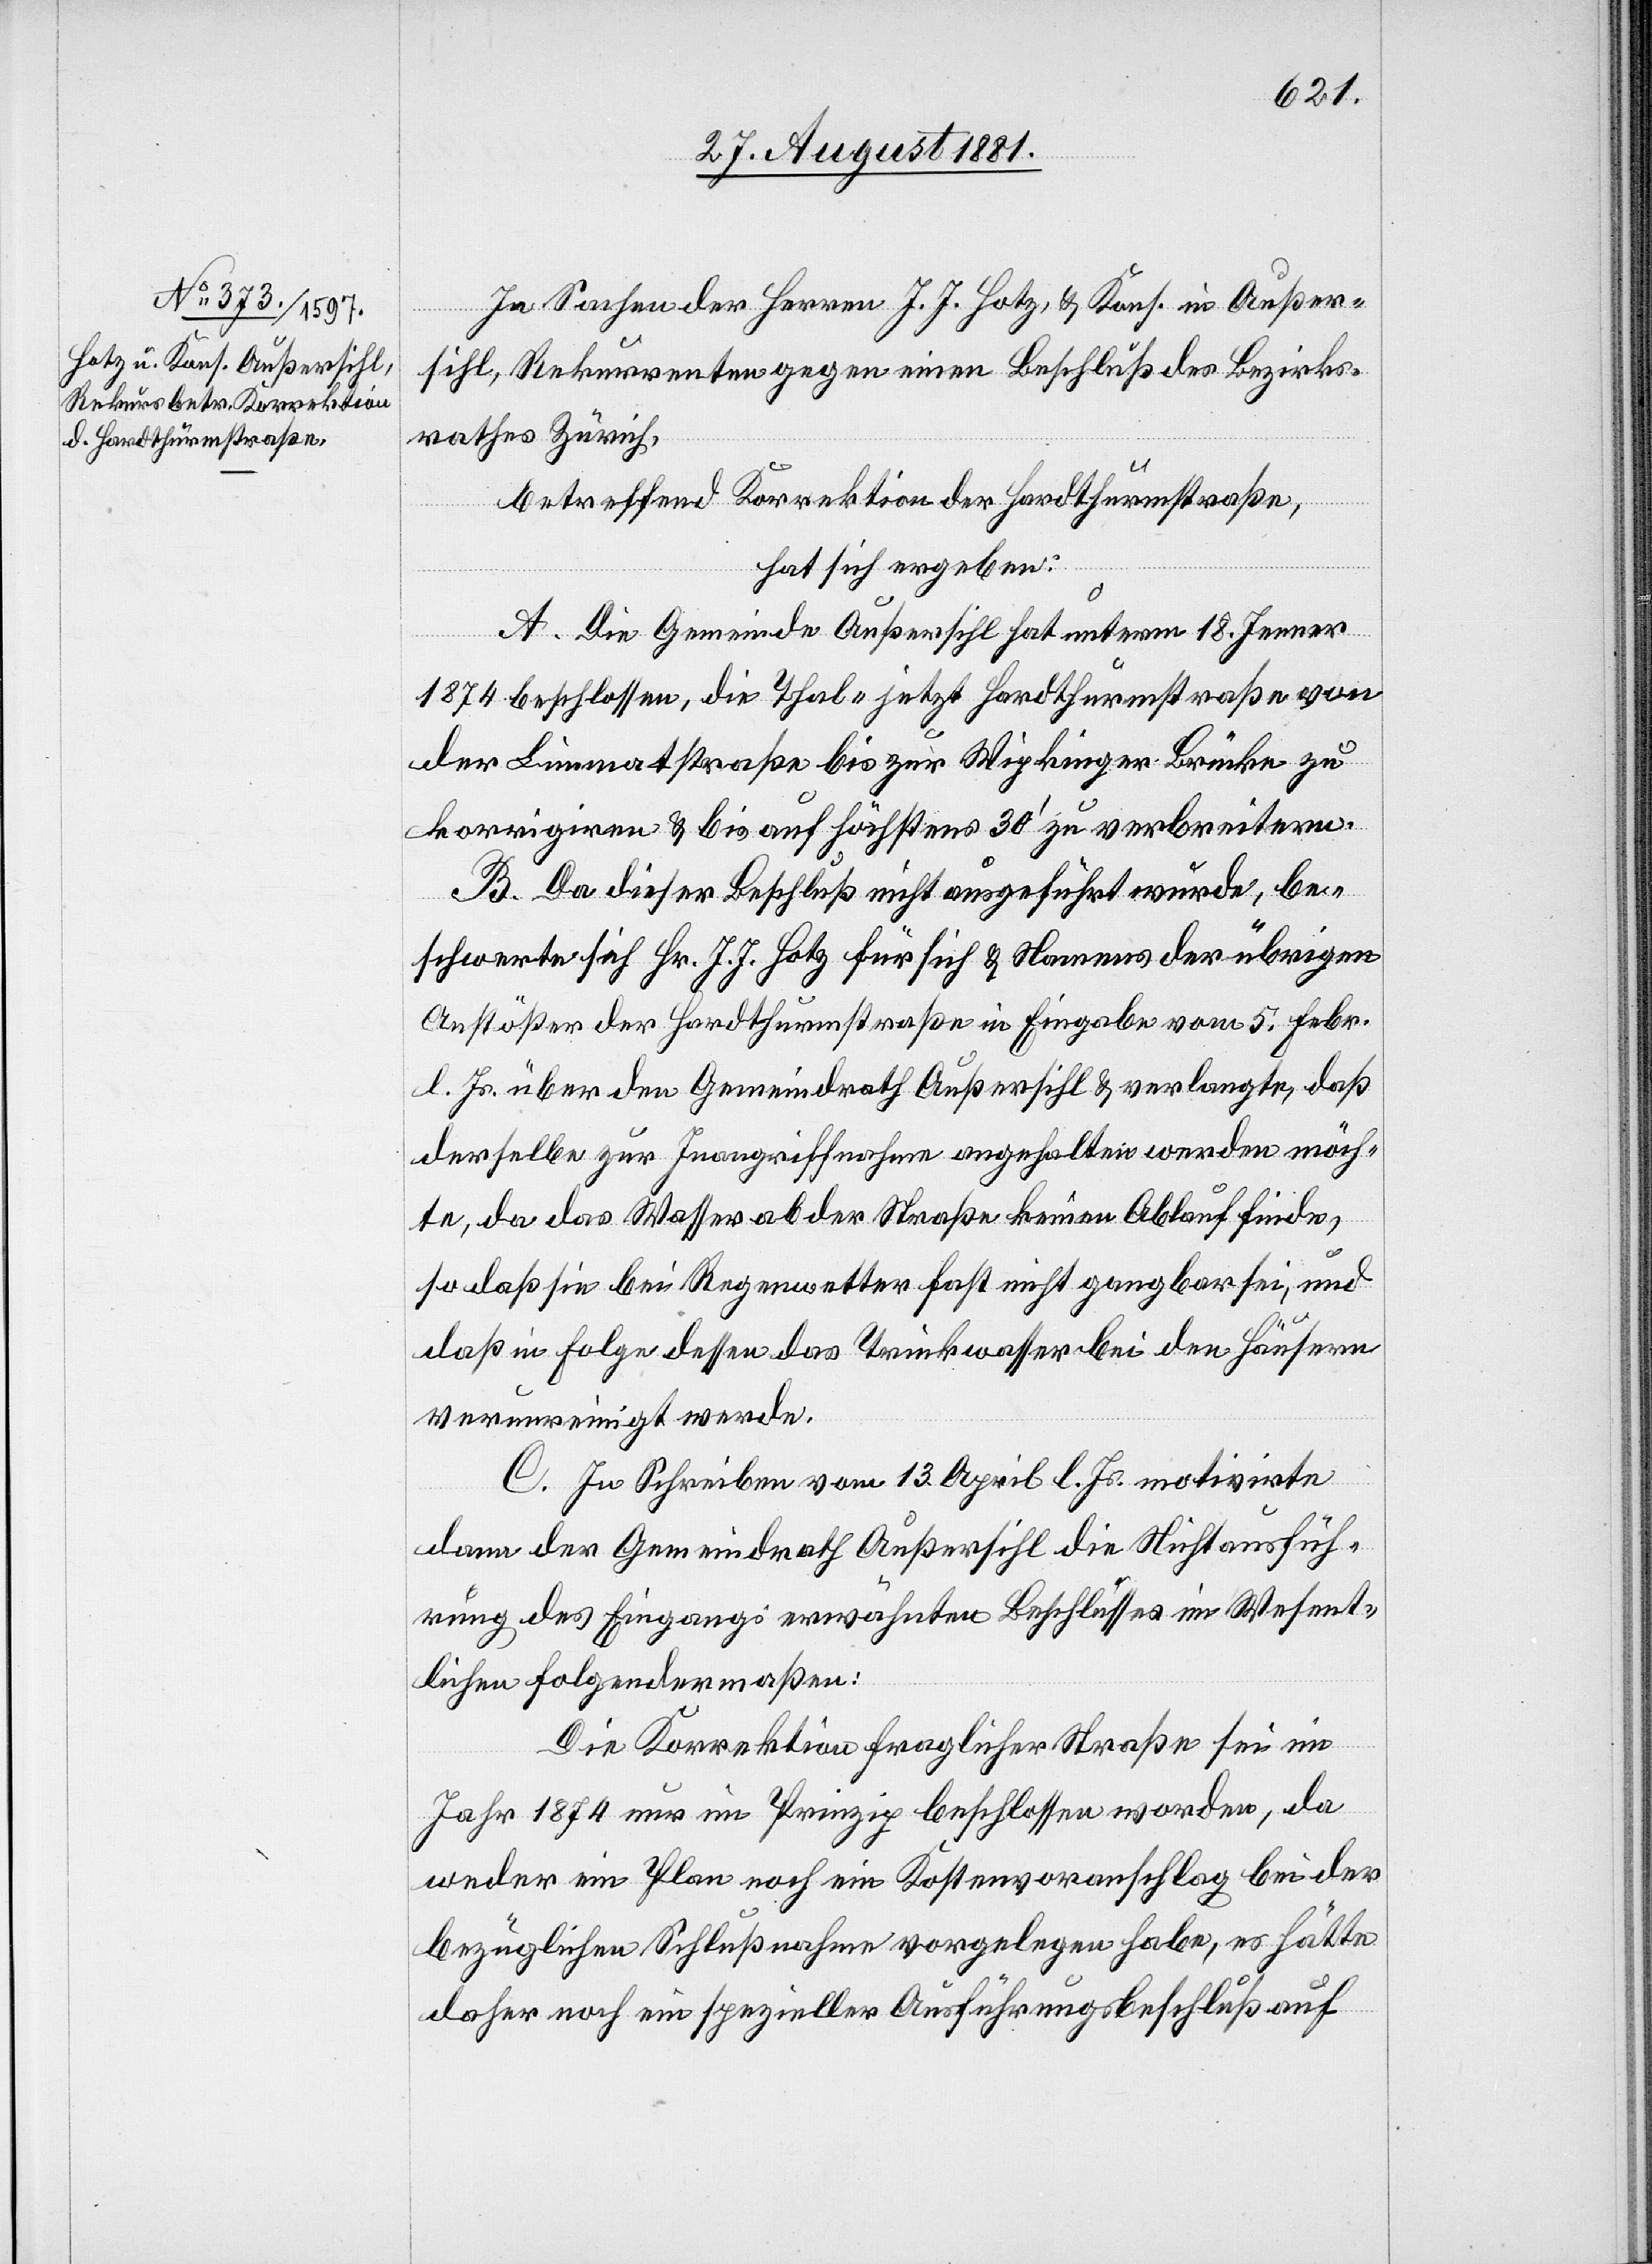
In Sachen der Herren J. J. Hotz, & Kons. in Außer¬
sihl, Rekurrenten gegen einen Beschluß der Bezirks¬
rathes Zürich,
betreffend Korrektion der Hardthurmstraße,
hat sich ergeben:
A. Die Gemeinde Außersihl hat unterm 18. Jenner
1874 beschlossen, die Thal- jetzt Hardthurmstraße von
der Limmatstraße bis zur Wipkinger Brücke zu
korrigiren & bis auf höchstens 30’ zu verbreitern.
B. Da dieser Beschluß nicht ausgeführt wurde, be¬
schwerte sich Hr. J. J. Hotz für sich & Namens der übrigen
Anstößer der Hardthurmstraße in Eingabe vom 5. Febr.
l. Js. über den Gemeindrath Außersihl & verlangte, daß
derselbe zur Inangriffnahme angehalten werden möch¬
te, da das Wasser aber der Straße keinen Ablauf finde,
so daß sie bei Regenwasser fast nicht gangbar sei, und
daß in Folge dessen das Trinkwasser bei den Häusern
verunreinigt werde.
C. In Schreiben vom 13. April l. Js. motivirte
dann der Gemeindrath Außersihl die Nichtausfüh¬
rung des Eingangs erwähnten Beschlusses im Wesent¬
lichen folgendermaßen:
Die Korrektion fraglicher Straße sei im
Jahr 1874 nur im Prinzip beschlossen worden, da
weder im Plan noch im Kostenvoranschlag bei der
bezüglichen Schlußnahme vorgelegen habe, es hätte
daher noch ein spezieller Ausführungsbeschluss auf